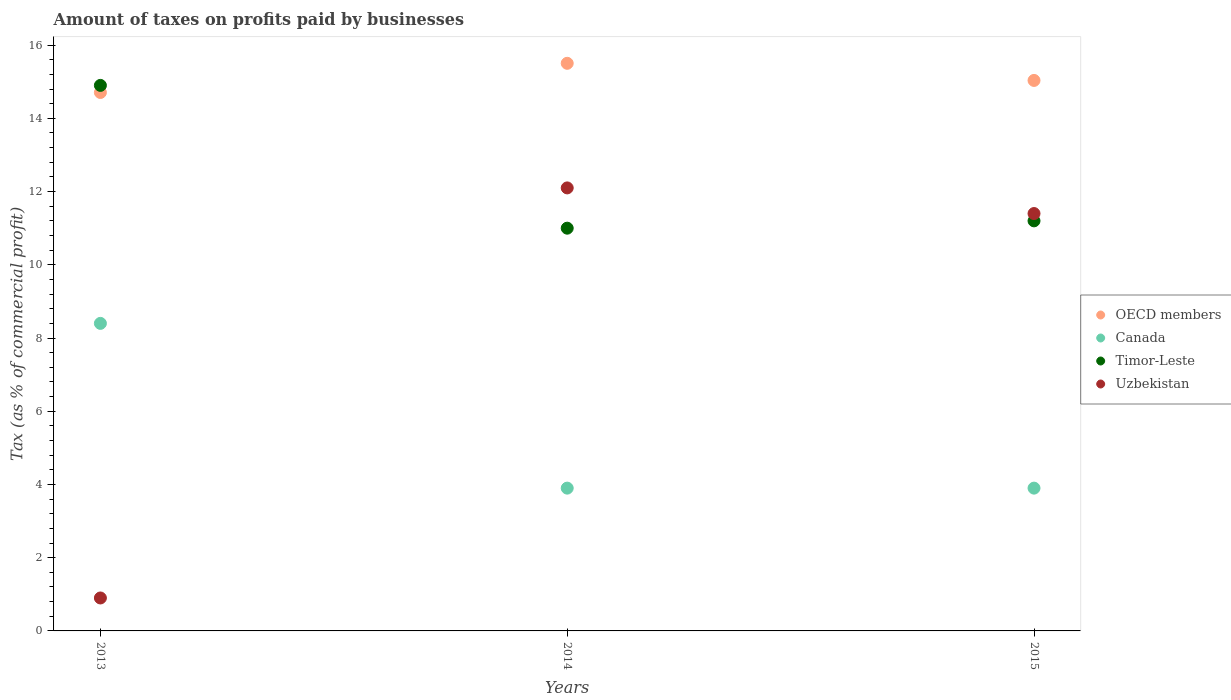
| Years | OECD members | Canada | Timor-Leste | Uzbekistan |
 | --- | --- | --- | --- | --- |
 | 2013 | 14.7 | 8.4 | 14.9 | 0.9 |
 | 2014 | 15.5 | 3.9 | 11 | 12.1 |
 | 2015 | 15 | 3.9 | 11.2 | 11.4 |